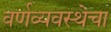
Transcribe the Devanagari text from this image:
वर्णव्यवस्थेचा